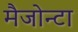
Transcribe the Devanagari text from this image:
मैजोन्टा